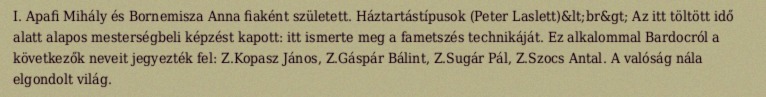
I. Apafi Mihály és Bornemisza Anna fiaként született. Háztartástípusok (Peter Laslett)&lt;br&gt; Az itt töltött idő alatt alapos mesterségbeli képzést kapott: itt ismerte meg a fametszés technikáját. Ez alkalommal Bardocról a következők neveit jegyezték fel: Z.Kopasz János, Z.Gáspár Bálint, Z.Sugár Pál, Z.Szocs Antal. A valóság nála elgondolt világ.